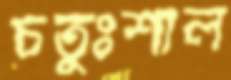
চতুঃশাল